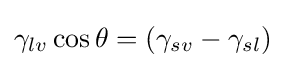
\gamma _{lv}\cos \theta =(\gamma _{sv}-\gamma _{sl})